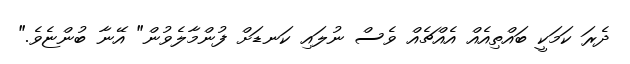
ދެރަ ކަމަކީ ބައްތިއެއް އެއްޗެއް ވެސް ނުލައި ކަނޑަށް ފުންމާލެވުން" އޭނާ ބުންޏެވެ."